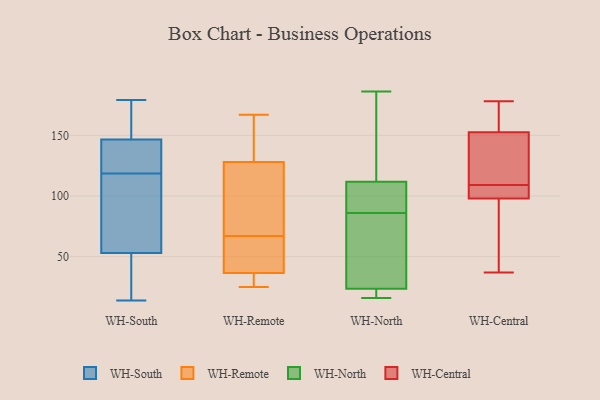
{"axis": {"x": "Gross Profit (USD K)", "y": "Value"}, "legend": ["WH-Central", "WH-North", "WH-Remote", "WH-South"], "data": [{"x": "", "y": 152, "type": "WH-South"}, {"x": "", "y": 31, "type": "WH-South"}, {"x": "", "y": 107, "type": "WH-South"}, {"x": "", "y": 178, "type": "WH-South"}, {"x": "", "y": 45, "type": "WH-South"}, {"x": "", "y": 102, "type": "WH-South"}, {"x": "", "y": 61, "type": "WH-South"}, {"x": "", "y": 131, "type": "WH-South"}, {"x": "", "y": 141, "type": "WH-South"}, {"x": "", "y": 14, "type": "WH-South"}, {"x": "", "y": 96, "type": "WH-South"}, {"x": "", "y": 160, "type": "WH-South"}, {"x": "", "y": 130, "type": "WH-South"}, {"x": "", "y": 179, "type": "WH-South"}, {"x": "", "y": 134, "type": "WH-South"}, {"x": "", "y": 21, "type": "WH-South"}, {"x": "", "y": 30, "type": "WH-Remote"}, {"x": "", "y": 52, "type": "WH-Remote"}, {"x": "", "y": 25, "type": "WH-Remote"}, {"x": "", "y": 43, "type": "WH-Remote"}, {"x": "", "y": 167, "type": "WH-Remote"}, {"x": "", "y": 25, "type": "WH-Remote"}, {"x": "", "y": 115, "type": "WH-Remote"}, {"x": "", "y": 141, "type": "WH-Remote"}, {"x": "", "y": 54, "type": "WH-Remote"}, {"x": "", "y": 87, "type": "WH-Remote"}, {"x": "", "y": 80, "type": "WH-Remote"}, {"x": "", "y": 146, "type": "WH-Remote"}, {"x": "", "y": 37, "type": "WH-North"}, {"x": "", "y": 49, "type": "WH-North"}, {"x": "", "y": 86, "type": "WH-North"}, {"x": "", "y": 19, "type": "WH-North"}, {"x": "", "y": 16, "type": "WH-North"}, {"x": "", "y": 186, "type": "WH-North"}, {"x": "", "y": 177, "type": "WH-North"}, {"x": "", "y": 89, "type": "WH-North"}, {"x": "", "y": 118, "type": "WH-North"}, {"x": "", "y": 93, "type": "WH-North"}, {"x": "", "y": 16, "type": "WH-North"}, {"x": "", "y": 38, "type": "WH-Central"}, {"x": "", "y": 42, "type": "WH-Central"}, {"x": "", "y": 175, "type": "WH-Central"}, {"x": "", "y": 170, "type": "WH-Central"}, {"x": "", "y": 153, "type": "WH-Central"}, {"x": "", "y": 58, "type": "WH-Central"}, {"x": "", "y": 97, "type": "WH-Central"}, {"x": "", "y": 178, "type": "WH-Central"}, {"x": "", "y": 128, "type": "WH-Central"}, {"x": "", "y": 105, "type": "WH-Central"}, {"x": "", "y": 37, "type": "WH-Central"}, {"x": "", "y": 151, "type": "WH-Central"}, {"x": "", "y": 109, "type": "WH-Central"}, {"x": "", "y": 101, "type": "WH-Central"}, {"x": "", "y": 105, "type": "WH-Central"}, {"x": "", "y": 104, "type": "WH-Central"}, {"x": "", "y": 161, "type": "WH-Central"}, {"x": "", "y": 129, "type": "WH-Central"}, {"x": "", "y": 130, "type": "WH-Central"}]}